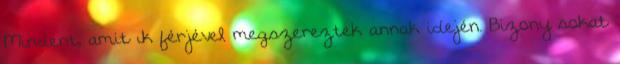
Mindent, amit ık férjével megszereztek annak idején. Bizony sokat